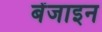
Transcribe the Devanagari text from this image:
बेंजाइन